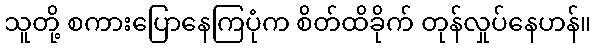
သူတို့ စကားပြောနေကြပုံက စိတ်ထိခိုက် တုန်လှုပ်နေဟန်။